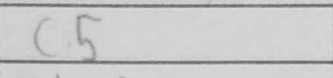
Transcription: c5